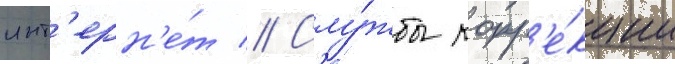
инт'ерн'е́т // Слу́жбы корр'е́кции